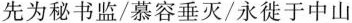
先为秘书监/慕容垂灭/永徙于中山